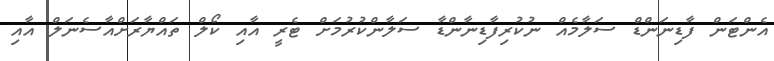
އެންޓަން ފާޑިނަންޑް ސަލާމެއް ނުކުރިފާޑިނާންޑާ ސަލާންކުރުމަށް ޓެރީ އާއި ކޯލް ތައްޔާރަށްއާސެނަލް އާއި